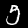
Label: 5